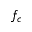
f _ { c }